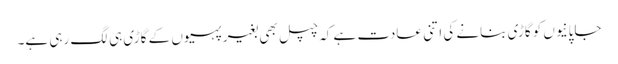
جاپانیوں کو گاڑی بنانے کی اتنی عادت ہے کہ چپل بھی بغیر پہیوں کے گاڑی ہی لگ رہی ہے۔